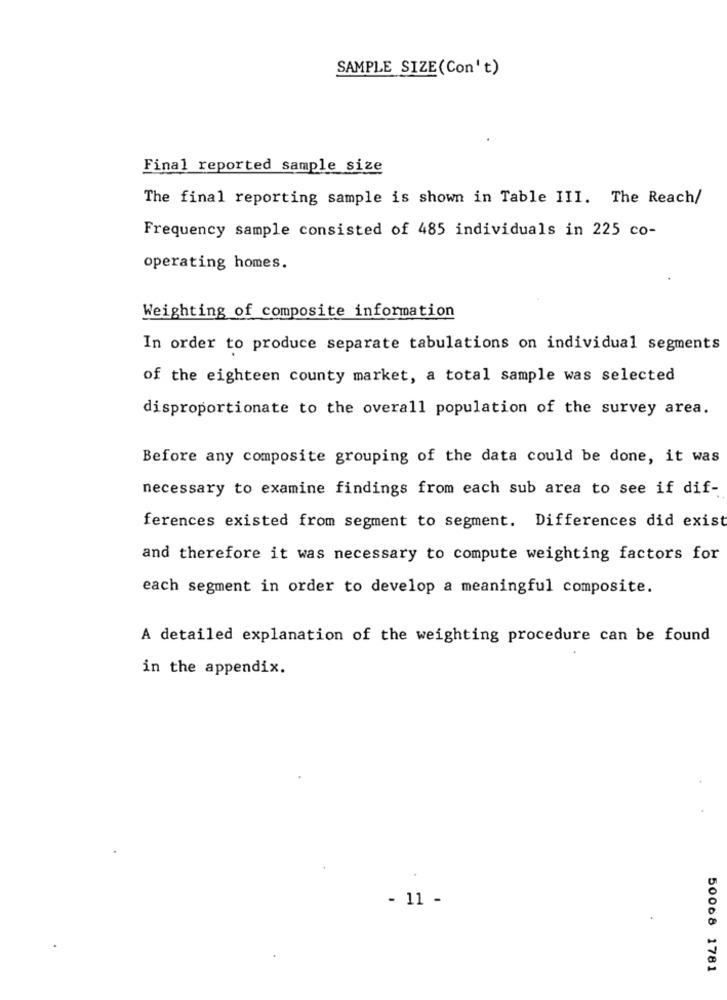
SAMPLE SIZE(Con't)
Final reported sample size
The final reporting sample is shown in Table III. The Reach/
Frequency sample consisted of 485 individuals in 225 co-
operating homes.
Weighting of composite information
In order to produce separate tabulations on individual segments
of the eighteen county market, a total sample was selected
disproportionate to the overall population of the survey area.
Before any composite grouping of the data could be done, it was
necessary to examine findings from each sub area to see if dif-
ferences existed from segment to segment. Differences did exist
and therefore it was necessary to compute weighting factors for
each segment in order to develop a meaningful composite.
A detailed explanation of the weighting procedure can be found
in the appendix.
- 11 -
50068 1781